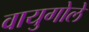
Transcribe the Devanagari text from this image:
वायुगोले